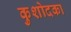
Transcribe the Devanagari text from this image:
कुशोदका